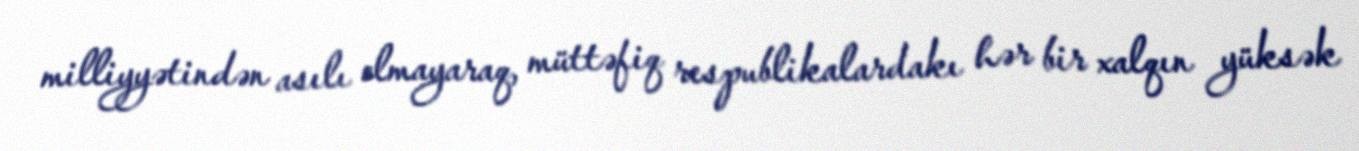
milliyyətindən asılı olmayaraq, müttəfiq respublikalardakı hər bir xalqın yüksək